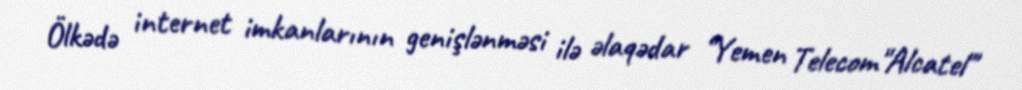
Ölkədə internet imkanlarının genişlənməsi ilə əlaqədar "Yemen Telecom"Alcatel"